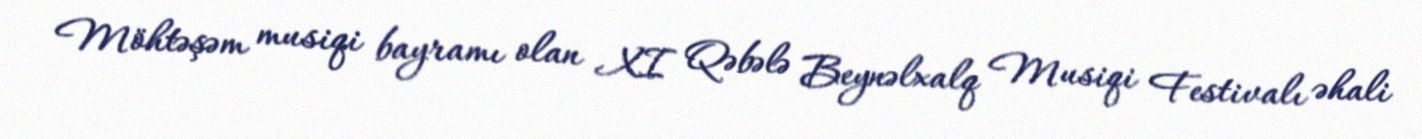
Möhtəşəm musiqi bayramı olan XI Qəbələ Beynəlxalq Musiqi Festivalı əhali